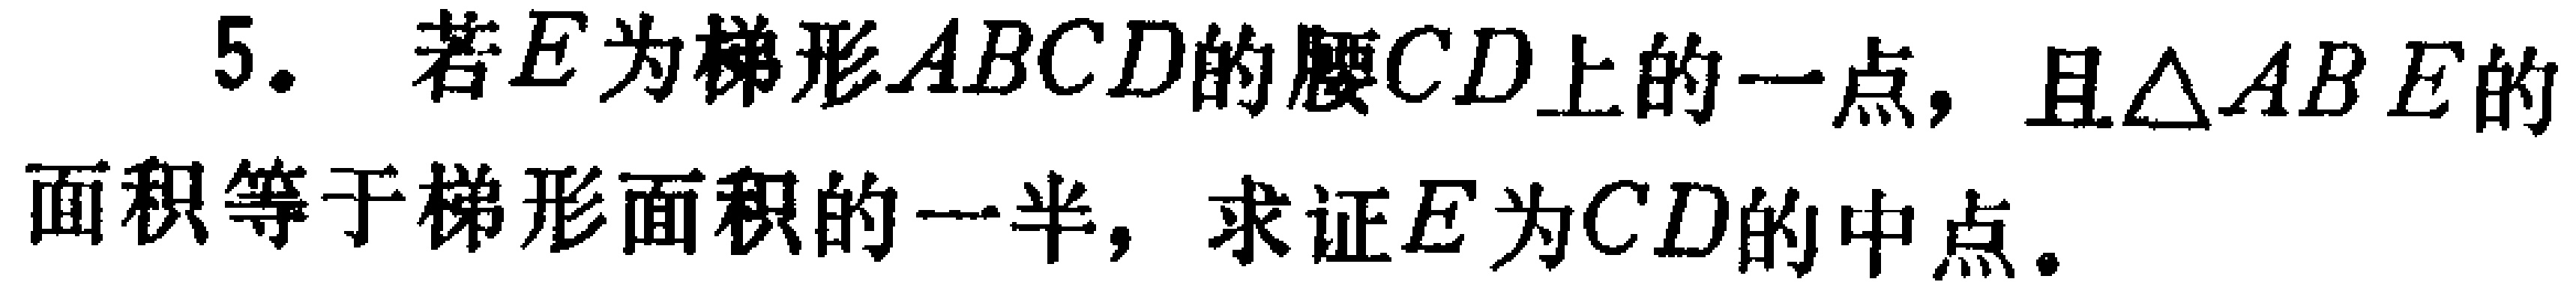
5. 若\(E\)为梯形\(ABCD\)的腰\(CD\)上的一点，且\(\triangle ABE\)的面积等于梯形面积的一半，求证\(E\)为\(CD\)的中点。